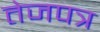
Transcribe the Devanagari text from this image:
तेजपत्र